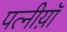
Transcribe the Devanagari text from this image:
पत्नीय़ॉ